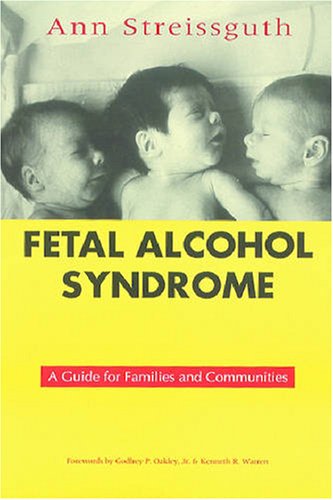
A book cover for Fetal Alcohol Syndrome: A Guide for Families and Communities; Ann Streissguth Ph.D.; Medical Books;